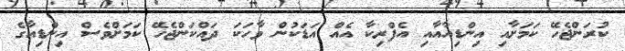
ކުރަންޖެހޭ ކަމަށާއި އިންޑިއާއާއި އެފްރިކާ އެއް އަޑަކުން ވާހަކަ ދައްކަންޖެހޭ ކަމަށްވެސް އިންޑިއާގެ